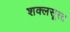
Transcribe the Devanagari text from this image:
शक्लसूरत